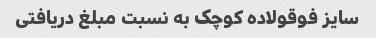
سایز فوقولاده کوچک به نسبت مبلغ دریافتی